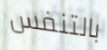
بالتنفس